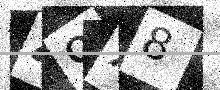
Text: 49X8